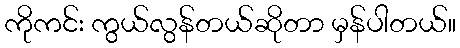
ကိုကင်း ကွယ်လွန်တယ်ဆိုတာ မှန်ပါတယ်။